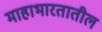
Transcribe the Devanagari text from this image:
माहाभारतातील